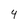
Character: 4